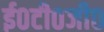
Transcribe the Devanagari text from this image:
ई०टी०जी०